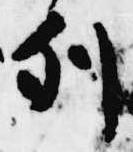
列